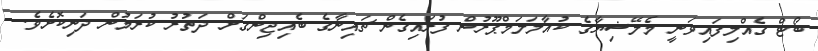
ބޯޓް ގެއްލިފައިވަނީ މެލޭޝިޔާގެ ކުއާލަލަމްޕޫރުން ފުރައިގެން ޗައިނާގެ ބެއިޖިންގަށް ދަތުރު ކުރަމުން ދަނިކޮށެވެ.